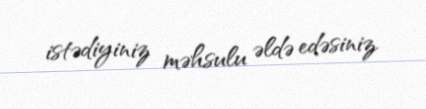
istədiyiniz məhsulu əldə edəsiniz.